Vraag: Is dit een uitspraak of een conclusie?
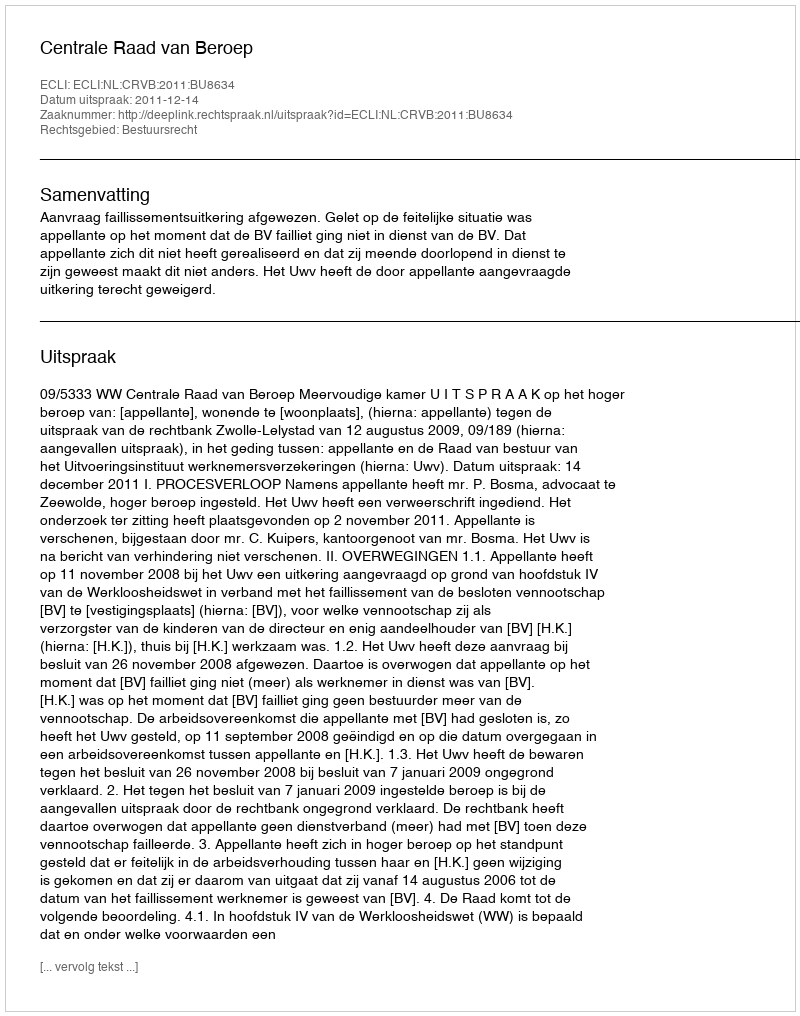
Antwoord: Uitspraak